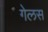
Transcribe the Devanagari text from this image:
गेलस